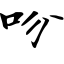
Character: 吩